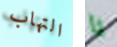
التهاب يا